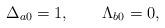
LaTeX: \begin{align*} \Delta_{a0}=1,\qquad \Lambda_{b0}=0,\end{align*}